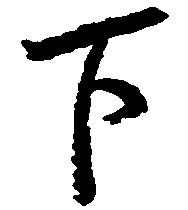
下